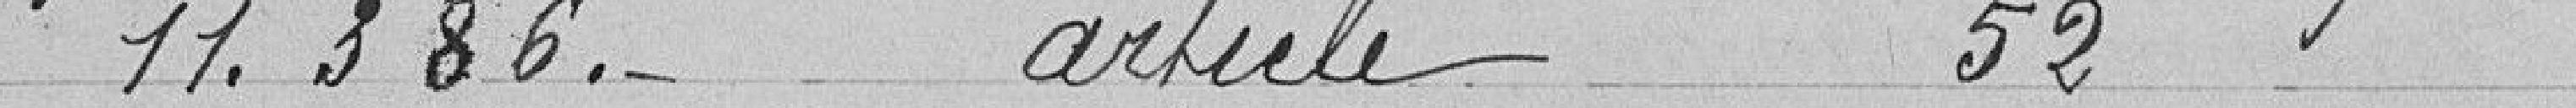
11.386 francs article 52